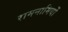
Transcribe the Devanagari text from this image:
रामनामियों